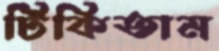
টিকিতাম